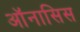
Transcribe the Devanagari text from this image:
ऑनासिस